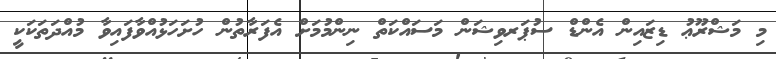
މި މަޝްރޫޢު ޑިޒައިން އެންޑް ސުޕަރވިޝަން މަސައްކަތް ނިންމުމަށް އެފަރާތުން ހުށަހަޅުއްވާފައިވާ މުއްދަތަކަކީ